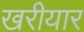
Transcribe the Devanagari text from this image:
खरीयार